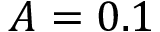
A = 0 . 1